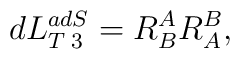
dL^{adS}_{T\;3}= R^A_B R^B_A,